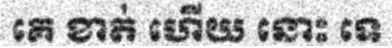
គេ ខាត់ ហើយ នោះ ទេ